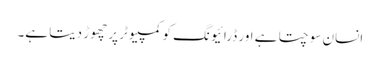
انسان سوچتا ہے اور ڈرائیونگ کو کمپیوٹر پر چھوڑ دیتا ہے۔